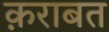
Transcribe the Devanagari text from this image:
क़राबत